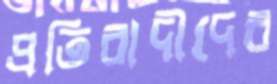
প্রতিবাদীদের